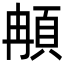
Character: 𩑺